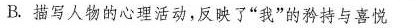
B.描写人物的心理活动，反映了”我”的矜持与喜悦